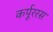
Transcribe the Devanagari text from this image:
कर्पूररस